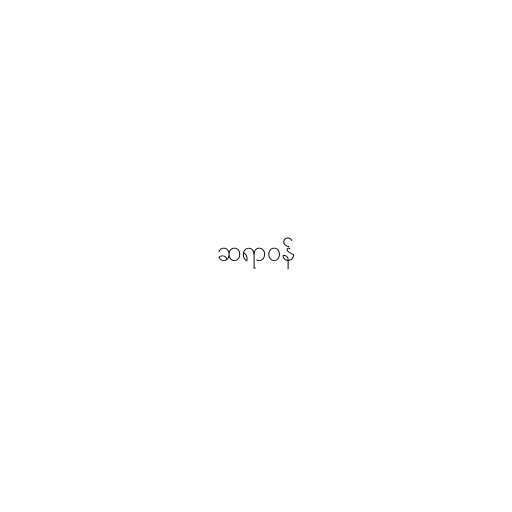
ဆရာဝန်